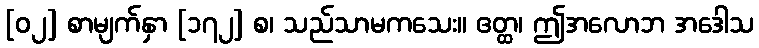
[၀၂] စာမျက်နှာ [၁၇၂] စ၊ သည်သာမကသေး။ ဧတ္ထ၊ ဤအလောဘ အဒေါသ